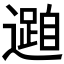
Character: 𮟓